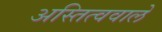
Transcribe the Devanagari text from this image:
अस्तित्ववाले